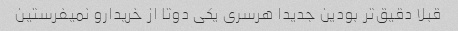
قبلا دقیق‌تر بودین جدیدا هرسری یکی دوتا از خریدارو نمیفرستین